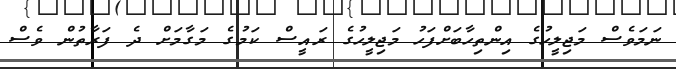
ނަމަވެސް މަޖިލީހުގެ އިންތިހާބަށްފަހު މަޖިލީހުގެ ރައީސް ކަމުގެ މަގާމަށް ދެ ފަރާތުން ވެސް